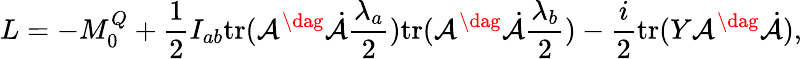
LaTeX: L=-M_{0}^{Q}+\frac{1}{2}I_{ab}\mathrm{tr}({\cal A}^{\dag}\dot{\cal A}\frac{\lambda_{a}}{2})\mathrm{tr}({\cal A}^{\dag}\dot{\cal A}\frac{\lambda_{b}}{2})-\frac{i}{2}\mathrm{tr}(Y{\cal A}^{\dag}\dot{\cal A}),